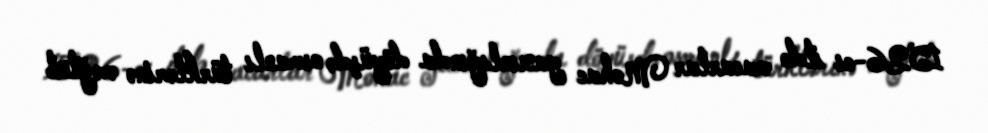
1526-cı ildə macarlar Mohac yaxınlığında döyüşdə osmanlı türklərinə məğlub